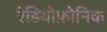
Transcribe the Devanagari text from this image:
रेडियोफ़ोनिक